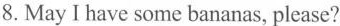
8.May I have some bananas, please?